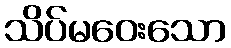
သိပ်မဝေးသော